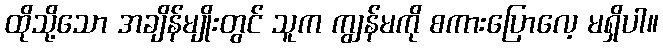
ထိုသို့သော အချိန်မျိုးတွင် သူက ကျွန်မကို စကားပြောလေ့ မရှိပါ။